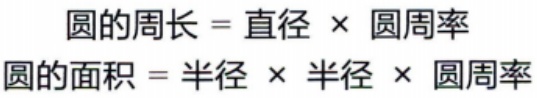
圆的周长 = 直径 × 圆周率
圆的面积 = 半径 × 半径 × 圆周率